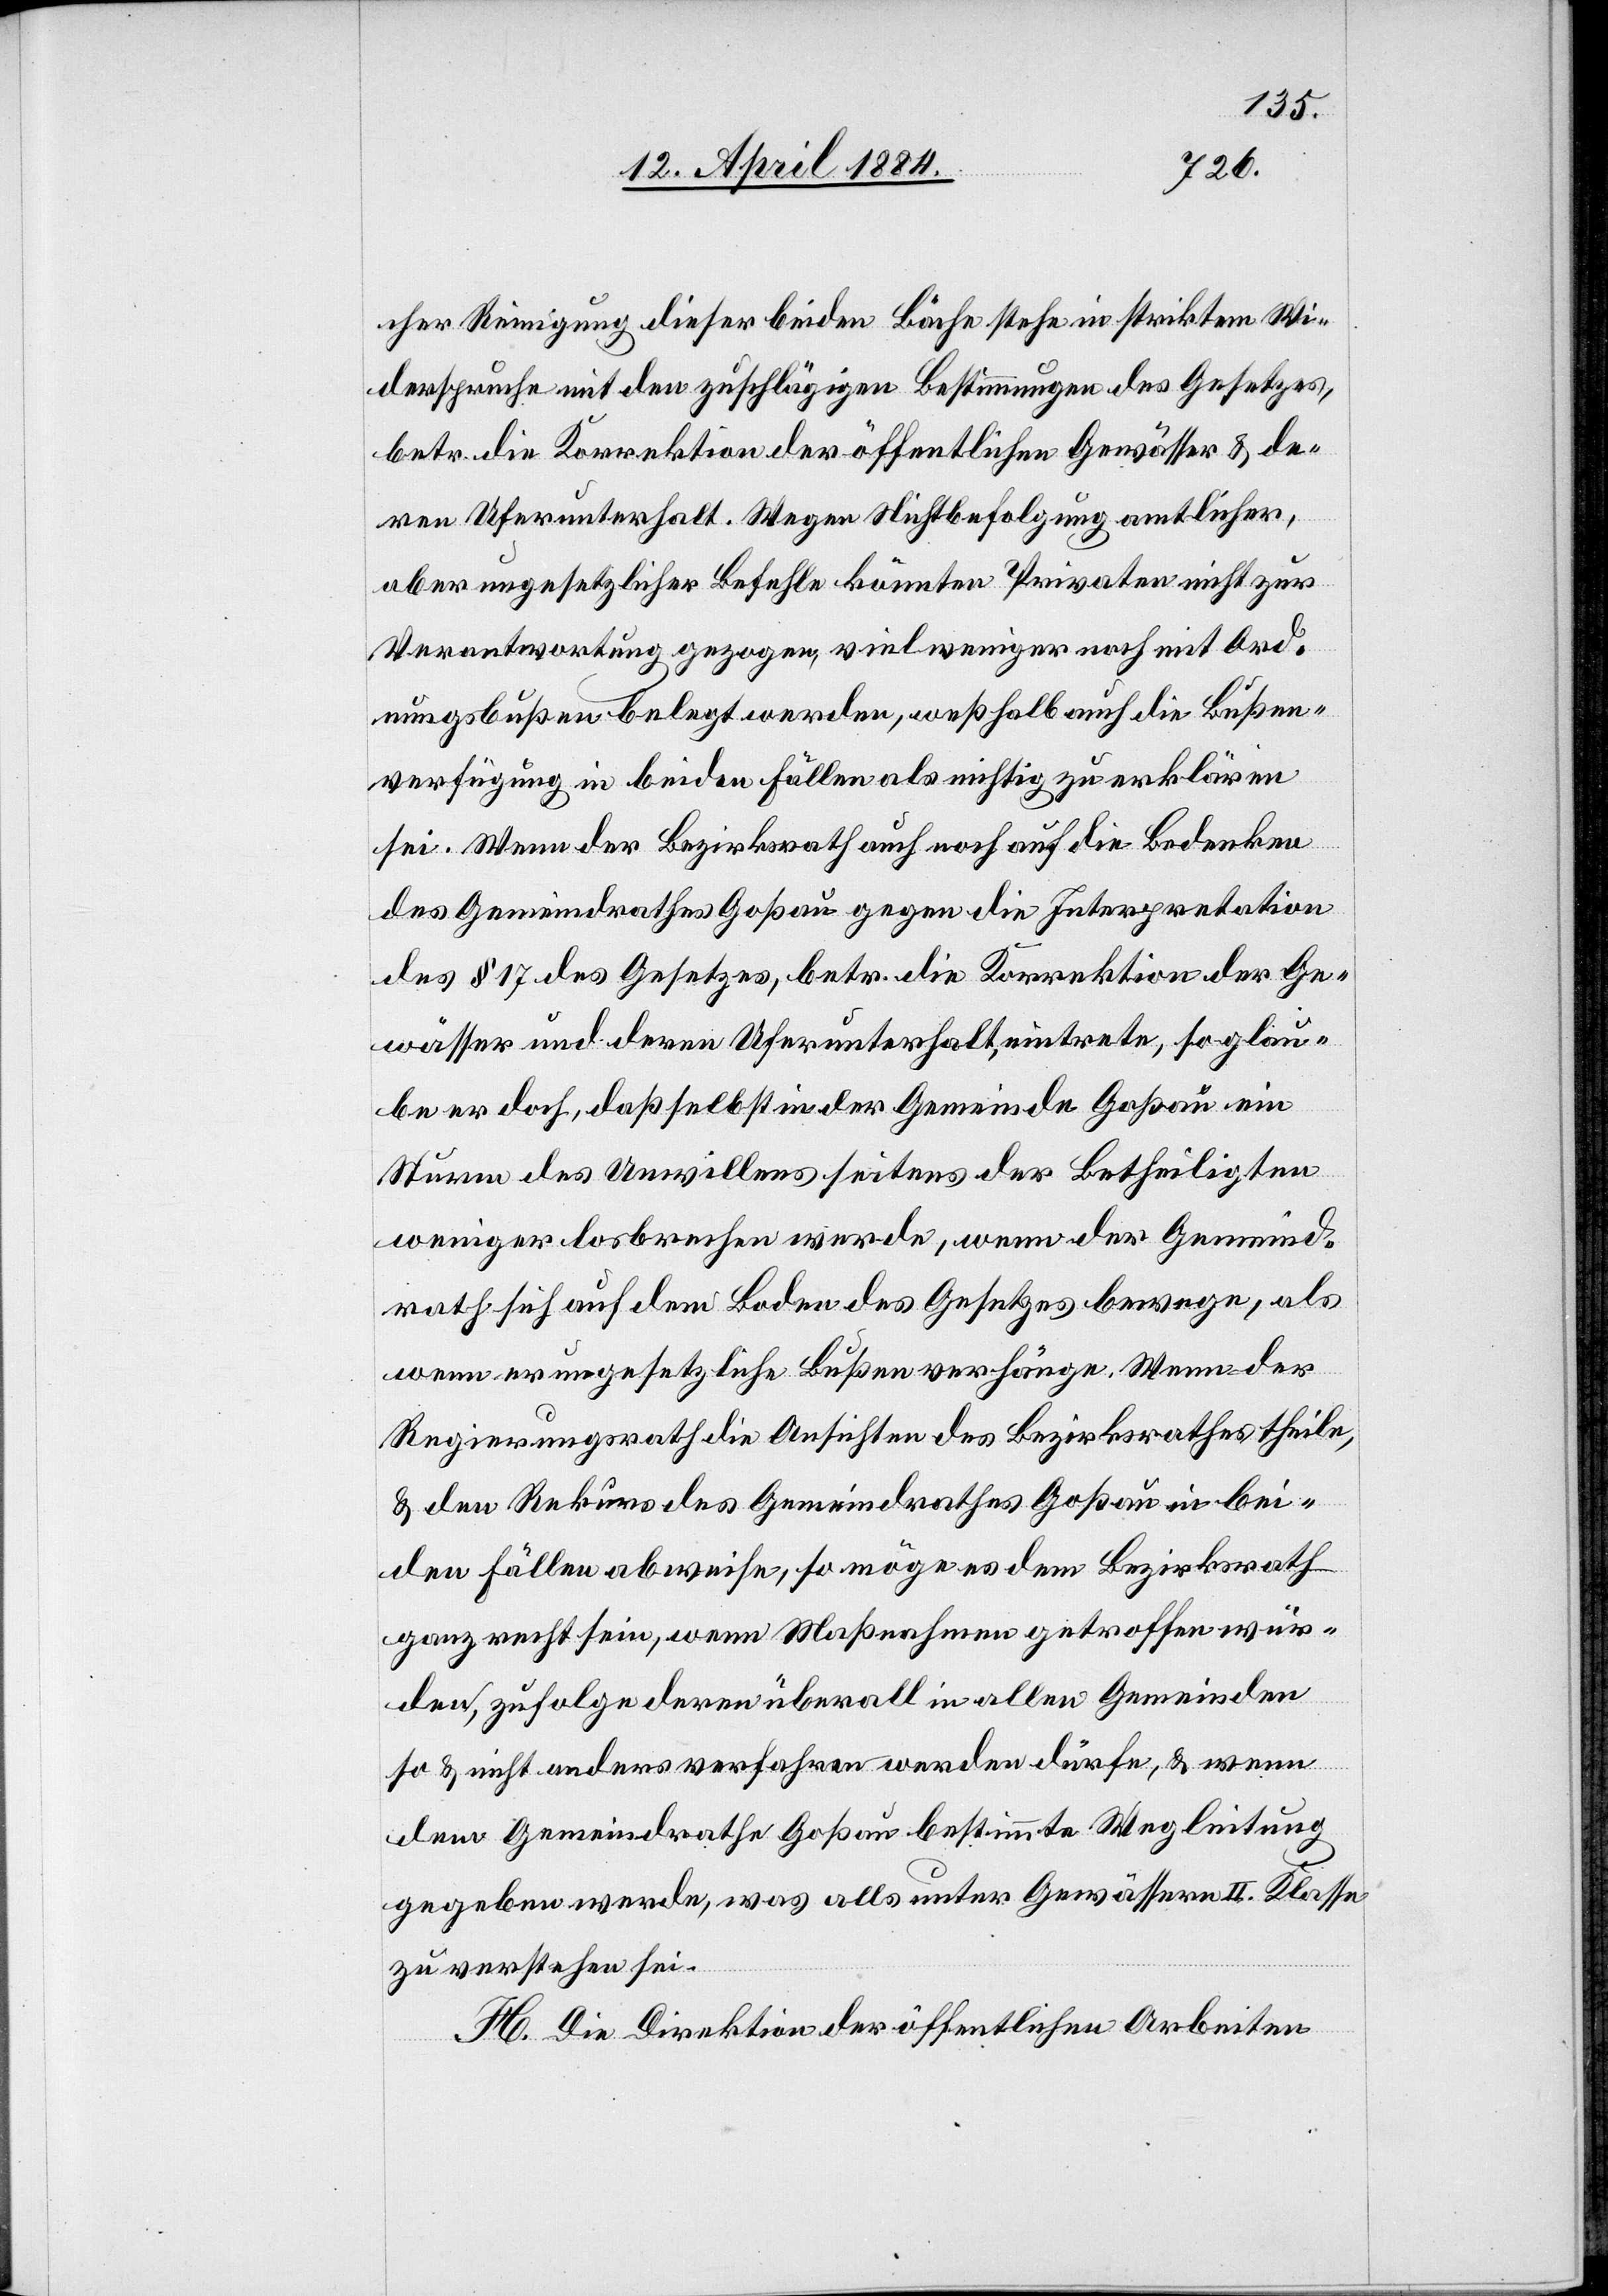
cher Reinigung dieser beiden Bäche stehe in striktem Wi¬
derspruche mit den zuschlägigen Bestimmungen des Gesetzes,
betr. die Korrektion der öffentlichen Gewässer & de¬
ren Uferunterhalt. Wegen Nichtbefolgung amtlicher,
aber ungesetzlicher Befehle könnten Privaten [sic!] nicht zur
Verantwortung gezogen, viel weniger noch mit Ord¬
nungsbußen belegt werden, weßhalb auch die Bußen¬
verfügung in beiden Fällen als nichtig zu erklären
sei. Wenn der Bezirksrath auch noch auf die Bedenken
des Gemeindrathes Goßau gegen die Interpretation
des § 17 des Gesetzes, betr. die Korrektion der Ge¬
wässer und deren Uferunterhalt, eintrete, so glau¬
be er doch, daß selbst in der Gemeinde Goßau ein
Sturm des Unwillens seitens der Betheiligten
weniger losbrechen werde, wenn der Gemeind¬
rath sich auf dem Boden des Gesetzes bewege, als
wenn er ungesetzliche Bußen verhänge. Wenn der
Regierungsrath die Ansichten des Bezirksrathes theile,
& den Rekurs des Gemeindrathes Goßau in bei¬
den Fällen abweise, so möge es dem Bezirksrath
ganz recht sein, wenn Maßnahmen getroffen wür¬
de, zufolge deren überall in allen Gemeinden
so & nicht anders verfahren werden dürfe, & wenn
dem Gemeindrath Goßau bestimmte Wegleitung
gegeben werde, was alles unter Gewässern II. Klasse
zu verstehen sei.
H. Die Direktion der öffentlichen Arbeiten